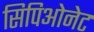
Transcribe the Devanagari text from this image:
सिपिओनेट